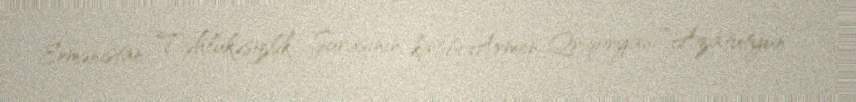
Ermənistan Təhlükəsizlik Şurasının katibi Armen Qriqoryan “Azatutyun”